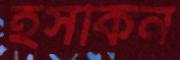
হসকিন